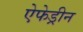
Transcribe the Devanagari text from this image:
ऐफेड्रीन